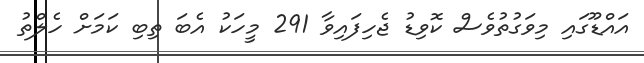
އައްޑޫގައި މިވަގުތުވެސް ކޮވިޑު ޖެހިފައިވާ 291 މީހަކު އެބަ ތިބި ކަމަށް ހެލްތު